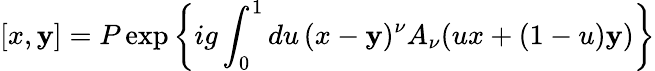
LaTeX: [x,\mathbf{y}]=P\exp\left\{ ig\int_{0}^{1}du\, (x-\mathbf{y})^{\nu}A_{\nu}(ux+(1-u)\mathbf{y})\right\}